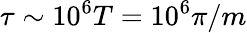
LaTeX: \tau\sim 10^{6}T=10^{6}\pi/m